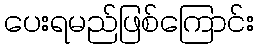
ပေးရမည်ဖြစ်ကြောင်း